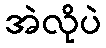
အဲလိုပဲ